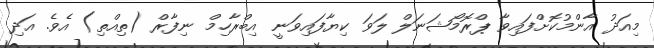
މިއަދު އާންމުކޮށްފައިވާ ޕްރޮމޯޝަނަލް ލަވަ ކިޔާފައިވަނީ އިބްރާހިމް ނިފާރް (ތިއްތި) އެވެ. އަދި